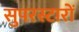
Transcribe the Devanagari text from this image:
सुपरस्टारों